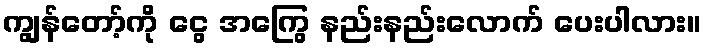
ကျွန်တော့်ကို ငွေ အကြွေ နည်းနည်းလောက် ပေးပါလား။